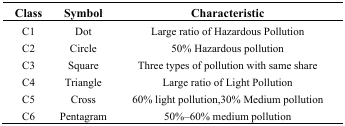
| Class | Symbol | Characteristic |
 | --- | --- | --- |
 | C1 | Dot | Large ratio of Hazardous Pollution |
 | C2 | Circle | 50% Hazardous pollution |
 | C3 | Square | Three types of pollution with same share |
 | C4 | Triangle | Large ratio of Light Pollution |
 | C5 | Cross | 60% light pollution,30% Medium pollution |
 | C6 | Pentagram | 50%–60% medium pollution |